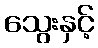
သွေးနှင့်